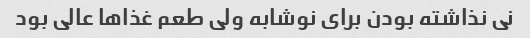
نی نذاشته بودن برای نوشابه ولی طعم غذاها عالی بود